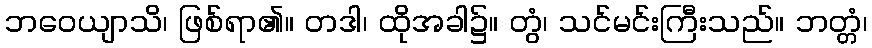
ဘဝေယျာသိ၊ ဖြစ်ရာ၏။ တဒါ၊ ထိုအခါ၌။ တွံ၊ သင်မင်းကြီးသည်။ ဘတ္တံ၊